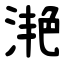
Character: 滟